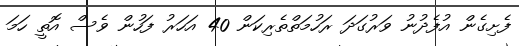
ފެށިގެން އުފެދުނު ވަރުގަދަ ރަހުމަތްތެރިކަން 40 އަހަރު ފަހުން ވެސް އޮތީ ހަމަ